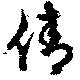
倩